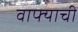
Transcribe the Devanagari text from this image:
वाफ्याची